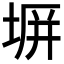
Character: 𭎪